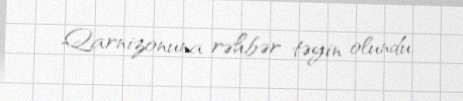
Qarnizonuna rəhbər təyin olundu.